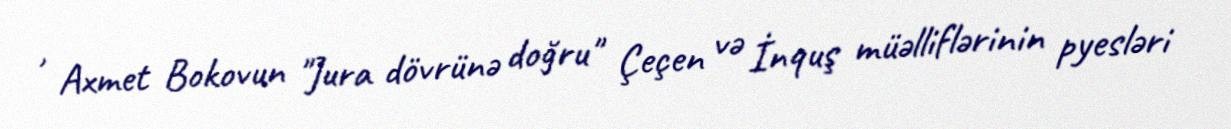
, Axmet Bokovun "Jura dövrünə doğru" Çeçen və İnquş müəlliflərinin pyesləri